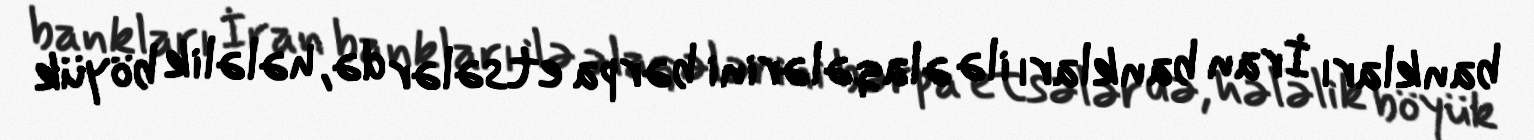
bankları İran bankları ilə əlaqələrini bərpa etsələr də, hələlik böyük